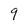
Character: 9